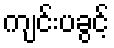
ကျင်းပခွင့်